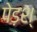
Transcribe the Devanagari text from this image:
पेड़श्